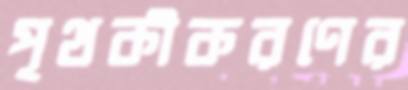
পৃথকীকরণের